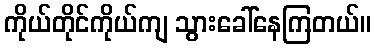
ကိုယ်တိုင်ကိုယ်ကျ သွားခေါ်နေကြတယ်။